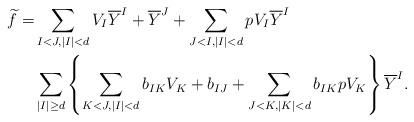
LaTeX: \begin{align*}\widetilde{f}=& \sum_{I<J, |I|<d} V_I\overline{Y}^I + \overline{Y}^J + \sum_{J<I, |I|<d} pV_I\overline{Y}^I\\& \sum_{|I|\geq d}\left\{\sum_{K<J, |I|<d} b_{IK}V_K + b_{IJ} + \sum_{J<K, |K|<d} b_{IK}pV_K\right\}\overline{Y}^I.\end{align*}